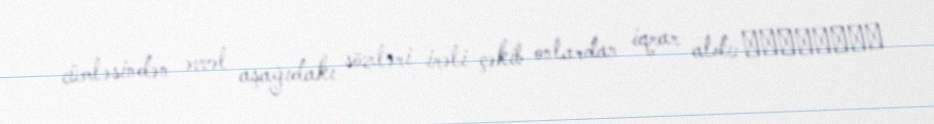
cümləsindən əvvəl aşağıdakı sözləri irəli çəkib onlardan iqrar aldı: اَلَسْتُ